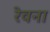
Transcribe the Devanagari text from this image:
रेवना